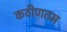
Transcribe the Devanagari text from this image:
कठीणतम